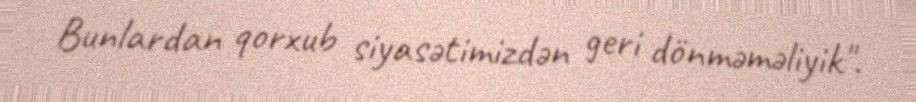
Bunlardan qorxub siyasətimizdən geri dönməməliyik".